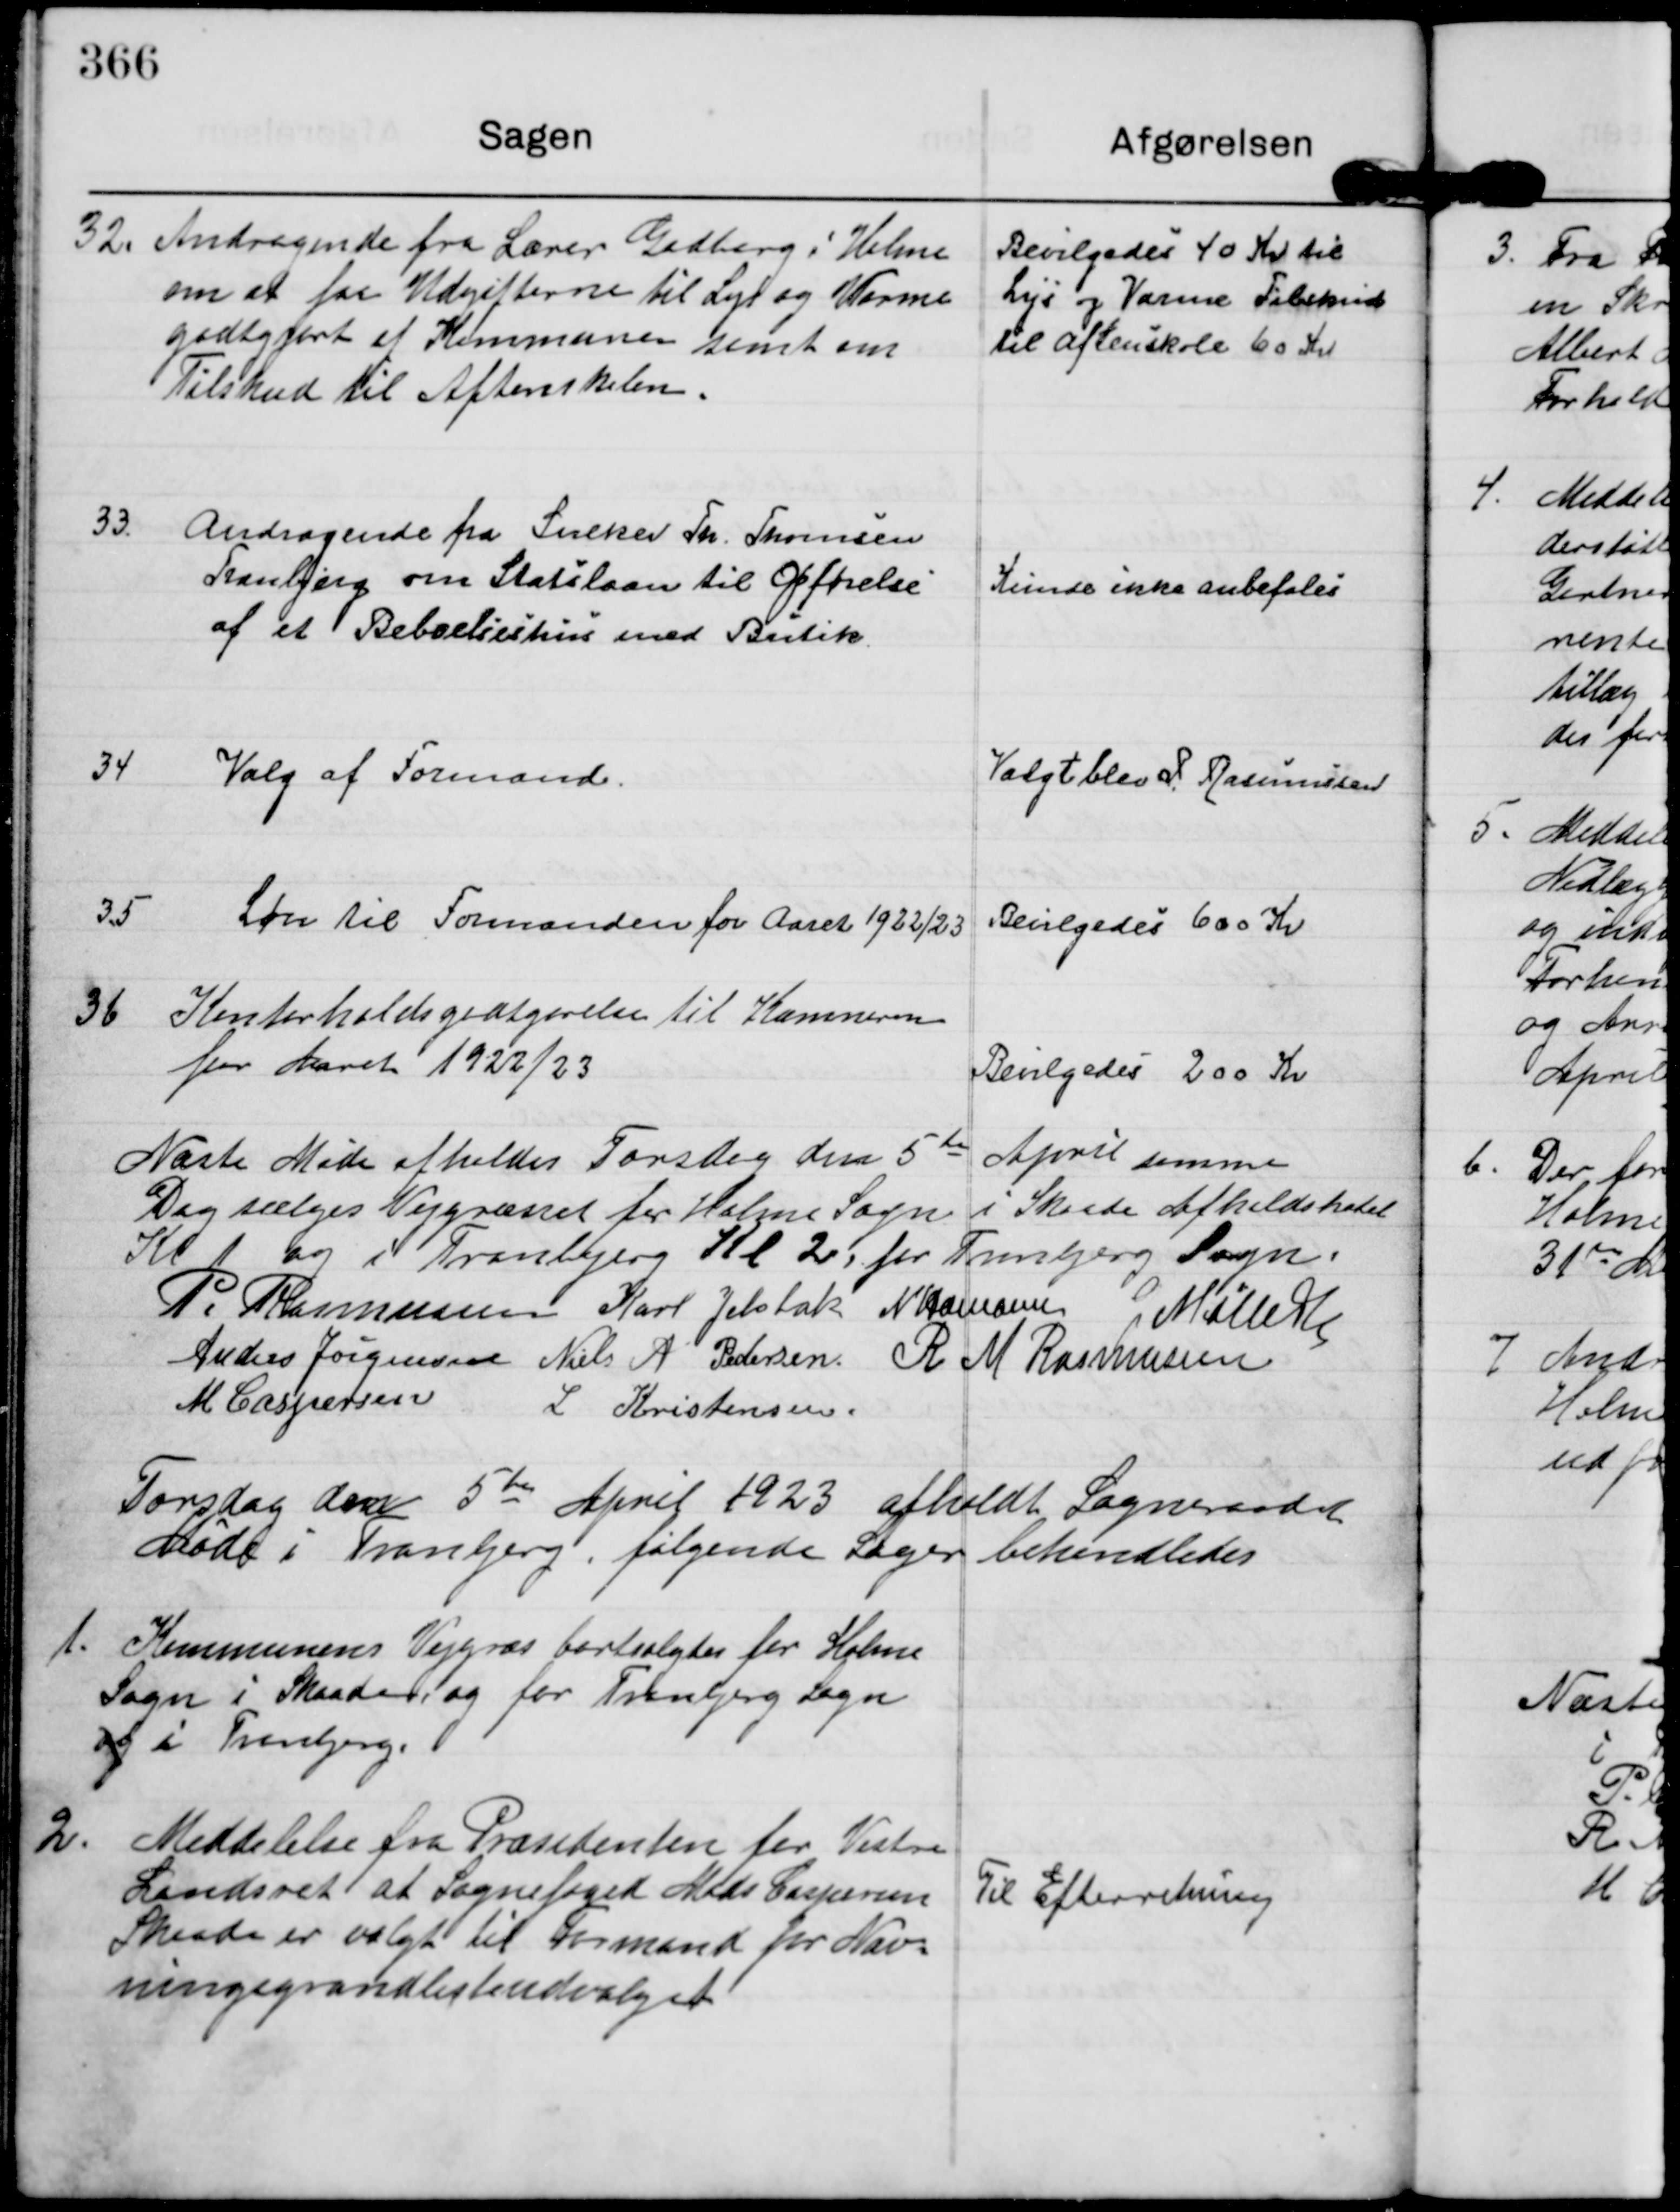
Transskription:
32.
Andragende fra Lærer Gadberg i Holme
om at faa Udgifterne til Lys og Varme
godtgjort af Kommunen samt om
Tilskud til Aftenskolen.

Bevilgedes 40 Kr til
Lys og Varme Tilskud
til aftenskole 60 Kr

33.
Andragende fra Sneker Th. Thomsen
Tranbjerg om Statslaan til Opførelse
af et Beboelseshus med Butik.

Kunde ikke anbefales

34
Valg af Formand.

Valgt blev P. Rasmussen

35
Løn til Formanden for Aaret 1922/23

Bevilgedes 600 Kr

36
Kontorholdsgodtgørelse til Kæmneren
for Aaret 1922/23

Bevilgedes 200 Kr

Næste Møde afholdes Torsdag den 5 te April samme
Dag sælges Vejgræsset for Holme Sogn i Skaade Afholdshotel
Kl 1 og i Tranbjerg Kl 2, for Tranbjerg Sogn.

P. Rasmussen
Karl Jelsbak
N Hamann
G Møller
Anders Jørgensen
Niels A Pedersen.
R M Rasmussen
M Caspersen
L Kristensen.

Torsdag den 5 te April 1923 afholdt Sogneraadet
Møde i Tranbjerg, følgende Sager behandledes

1.
Kommunens Vejgræs bortsolgtes for Holme
Sogn i Skaade, og for Tranbjerg Sogn
og i Tranbjerg.

2.
Meddelelse fra Præsidenten for Vestre
Landsret at Sognefoged Mads Caspersen
Skaade er valgt til Formand for Næv=
ningegrundlisteudvalget

Til Efterretning